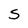
Character: S